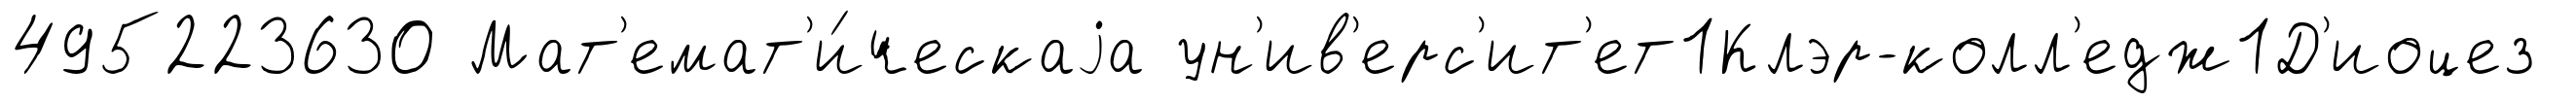
495223630 Мат'емат'и́ческаjа ун'ив'ерс'ит'ет1Клэр-колл'едж1Д'иоцез